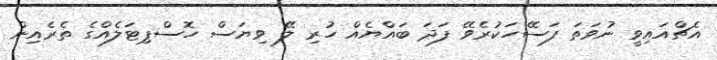
އެޗްއައިވީ ނުވަތަ ފަސޭހަކުރެވޭ ފަދަ ބައްޔެއް ހުރި ލޭ ވިޔަސް ހޮސްޕިޓަލެއްގެ ތެރެއިން